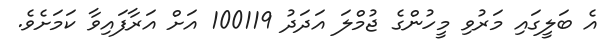
އެ ބަލީގައި މަރުވި މީހުންގެ ޖުމްލަ އަދަދު 100119 އަށް އަރާފައިވާ ކަމަށެވެ.